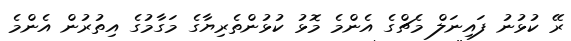
ރޭ ކުޅުނު ފައިނަލް މެޗްގެ އެންމެ މޮޅު ކުޅުންތެރިޔާގެ މަގާމުގެ އިތުރުން އެންމެ